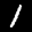
Label: 1